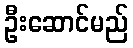
ဦးဆောင်မည်